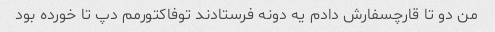
من دو تا قارچسفارش دادم یه دونه فرستادند تو‌فاکتورمم دپ تا خورده بود